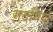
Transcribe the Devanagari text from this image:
गंदगियाँ